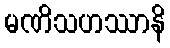
မဏိသဟဿာနိ